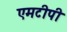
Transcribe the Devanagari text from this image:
एमटीपी